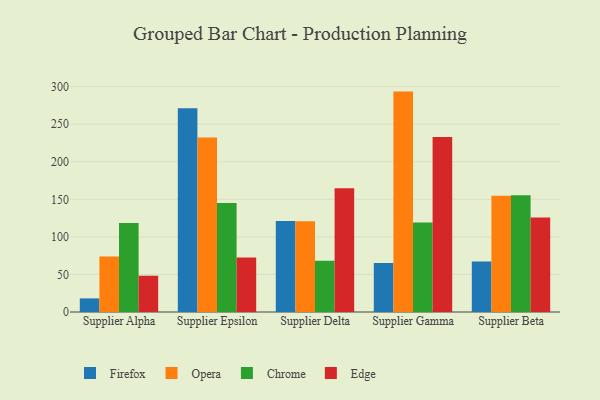
{"axis": {"x": "Supplier", "y": "Bounce Rate (%)"}, "legend": ["Chrome", "Edge", "Firefox", "Opera"], "data": [{"x": "Supplier Alpha", "y": 18.1, "type": "Firefox"}, {"x": "Supplier Alpha", "y": 73.8, "type": "Opera"}, {"x": "Supplier Alpha", "y": 118.6, "type": "Chrome"}, {"x": "Supplier Alpha", "y": 48.3, "type": "Edge"}, {"x": "Supplier Epsilon", "y": 271.4, "type": "Firefox"}, {"x": "Supplier Epsilon", "y": 232.4, "type": "Opera"}, {"x": "Supplier Epsilon", "y": 145.2, "type": "Chrome"}, {"x": "Supplier Epsilon", "y": 72.7, "type": "Edge"}, {"x": "Supplier Delta", "y": 121.0, "type": "Firefox"}, {"x": "Supplier Delta", "y": 120.7, "type": "Opera"}, {"x": "Supplier Delta", "y": 68.3, "type": "Chrome"}, {"x": "Supplier Delta", "y": 164.6, "type": "Edge"}, {"x": "Supplier Gamma", "y": 65.1, "type": "Firefox"}, {"x": "Supplier Gamma", "y": 293.4, "type": "Opera"}, {"x": "Supplier Gamma", "y": 119.1, "type": "Chrome"}, {"x": "Supplier Gamma", "y": 232.9, "type": "Edge"}, {"x": "Supplier Beta", "y": 67.3, "type": "Firefox"}, {"x": "Supplier Beta", "y": 154.6, "type": "Opera"}, {"x": "Supplier Beta", "y": 155.3, "type": "Chrome"}, {"x": "Supplier Beta", "y": 125.9, "type": "Edge"}]}